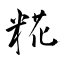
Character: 糀